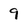
Character: 9